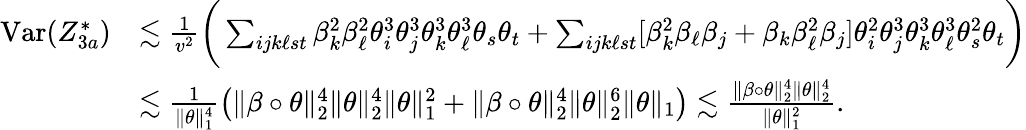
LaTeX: \begin{array}{rl}{\mathrm{Var}(Z_{3a}^{*})}&{\lesssim\frac{1}{v^{2}}\bigg(\sum_{ijk\ell st}\beta_{k}^{2}\beta_{\ell}^{2}\theta_{i}^{3}\theta_{j}^{3}\theta_{k}^{3}\theta_{\ell}^{3}\theta_{s}\theta_{t}+\sum_{ijk\ell st}[\beta_{k}^{2}\beta_{\ell}\beta_{j}+\beta_{k}\beta_{\ell}^{2}\beta_{j}]\theta_{i}^{2}\theta_{j}^{3}\theta_{k}^{3}\theta_{\ell}^{3}\theta_{s}^{2}\theta_{t}\bigg)}\\ &{\lesssim\frac{1}{\| \theta\| _{1}^{4}}\big(\| \beta\circ\theta\| _{2}^{4}\| \theta\| _{2}^{4}\| \theta\| _{1}^{2}+\| \beta\circ\theta\| _{2}^{4}\| \theta\| _{2}^{6}\| \theta\| _{1}\big)\lesssim\frac{\| \beta\circ\theta\| _{2}^{4}\| \theta\| _{2}^{4}}{\| \theta\| _{1}^{2}}.}\end{array}